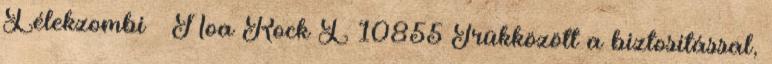
Lélekzombi Noa Rock L 10855 Trükközött a biztosítással,